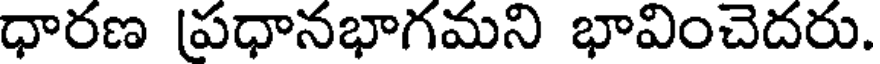
ధారణ (ప్రధానభాగమని భావించెదరు.